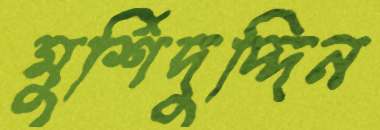
মুর্শিদুদ্দিন